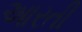
આરતી